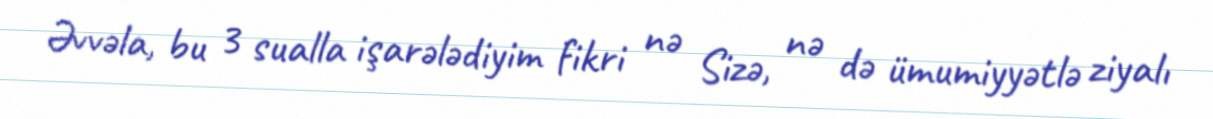
Əvvəla, bu 3 sualla işarələdiyim fikri nə Sizə, nə də ümumiyyətlə ziyalı